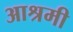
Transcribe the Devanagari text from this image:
आश्रमी